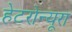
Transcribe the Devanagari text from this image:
हेटरोन्यूरा